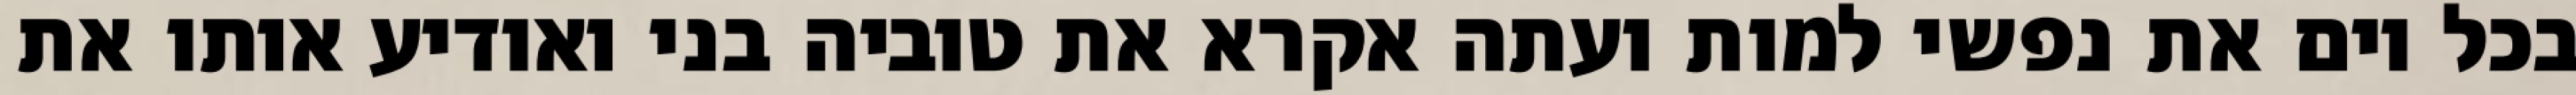
בכל יום את נפשי למות ועתה אקרא את טוביה בני ואודיע אותו את